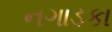
નગાડકા